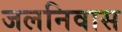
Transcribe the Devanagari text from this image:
जलनिवास